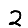
Digit: 2